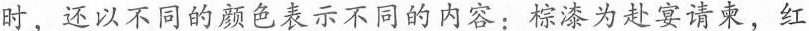
时，还以不同的颜色表示不同的内容:棕漆为赴宴请束，红